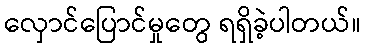
လှောင်ပြောင်မှုတွေ ရရှိခဲ့ပါတယ်။